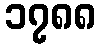
၁၇၈၈